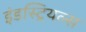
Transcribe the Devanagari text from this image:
इंडस्ट्रियल्स